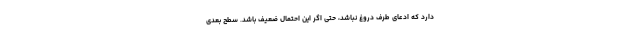
دارد که ادعای طرف دروغ نباشد، حتی اگر این احتمال ضعیف باشد. سطح بعدی